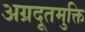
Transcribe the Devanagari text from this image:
अग्रदूतमुक्ति